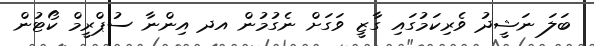
ބަލަ ނަޝީދު ވެރިކަމުގައި ގާޒީ ވަގަށް ނެގުމުން އދ އިންނާ ސުޕްރީމް ކޯޓުން